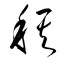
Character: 稘